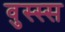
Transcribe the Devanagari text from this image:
वुस्स्स